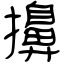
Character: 擤